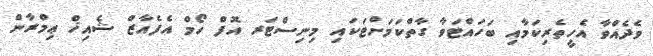
ވެދެއްވާ އެހީތެރިކަމާއި ބަހައްޓަވާ ގާތްކަމަށްޓަކައި މިނިސްޓަރ އޮފް ހޯމް އެފެއާޒް ޝެއިޚް ޢިމްރާން